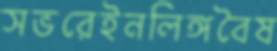
সভরেইনলিঙ্গবৈষ